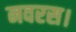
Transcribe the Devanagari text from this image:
नवरस।